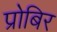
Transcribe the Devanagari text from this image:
प्रोबिर